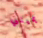
يميني